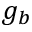
g _ { b }